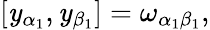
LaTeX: \left[\mathit{y}_{\alpha_{1}},\mathit{y}_{\beta_{1}}\right]=\omega_{\alpha_{1}\beta_{1}},